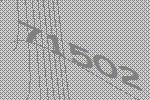
71502